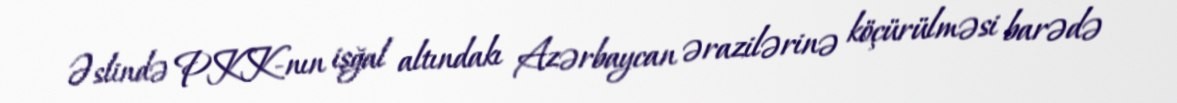
Əslində PKK-nın işğal altındakı Azərbaycan ərazilərinə köçürülməsi barədə